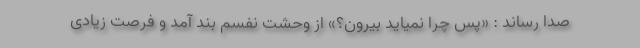
صدا رساند : «پس چرا نمیاید بیرون؟» از وحشت نفسم بند آمد و فرصت زیادی